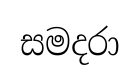
සමදරා